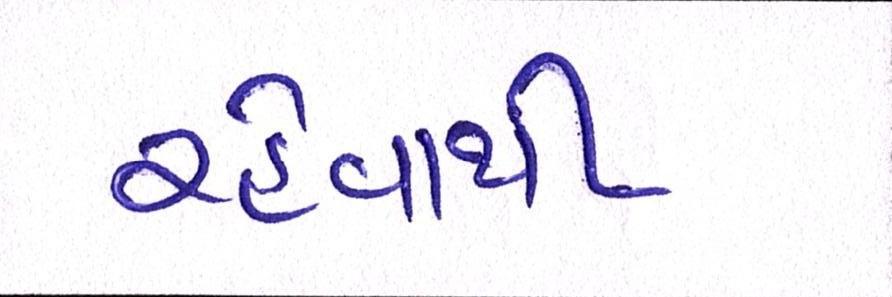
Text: રહેવાથી